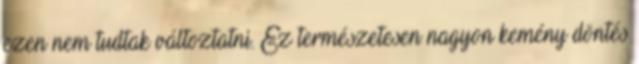
ezen nem tudtak változtatni. Ez természetesen nagyon kemény döntés